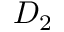
D _ { 2 }